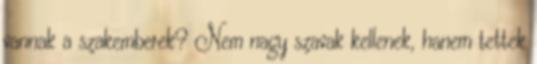
vannak a szakemberek? Nem nagy szavak kellenek, hanem tettek